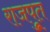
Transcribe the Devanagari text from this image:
राजपूुत